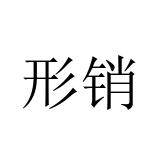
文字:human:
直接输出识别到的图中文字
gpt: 形销